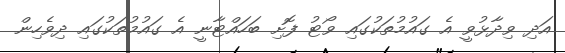
އަދި ވިދާޅުވީ އެ ގައުމުތަކުގައި ވޯޓު ފޮށި ބަހައްޓާނީ އެ ގައުމުތަކުގައި ދިވެހިން